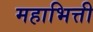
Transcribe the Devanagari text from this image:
महाभित्ती